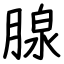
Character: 腺